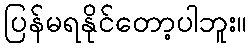
ပြန်မရနိုင်တော့ပါဘူး။